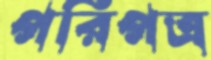
পরিপত্র